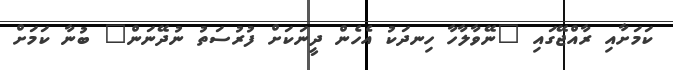
ކަމަށާއި ރާއްޖޭގައި "ނޭވާލާހާ ހިނދަކު އެހެން ދީނަކަށް ފުރުސަތު ނުދޭނަން" ބުނާ ކަމަށް